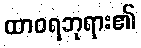
ထာဝရဘုရား၏